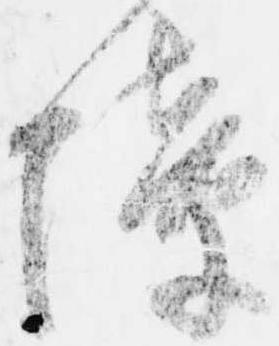
障